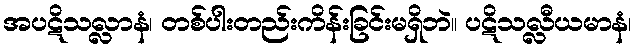
အပဋိသလ္လာနံ၊ တစ်ပါးတည်းကိန်းခြင်းမရှိဘဲ။ ပဋိသလ္လီယမာနံ၊